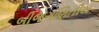
બીજગણિતીય